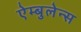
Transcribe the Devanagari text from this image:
ऐम्बुलेन्स